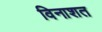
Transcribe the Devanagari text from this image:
विनाशत